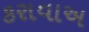
કરાવાઅ